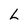
Character: L